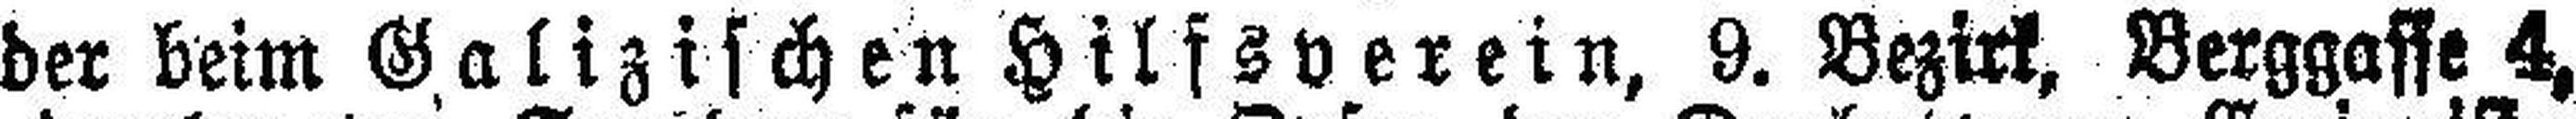
der beim Galizischen Hilfsverein, 9. Bezirk, Berggasse 4,